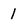
Character: I